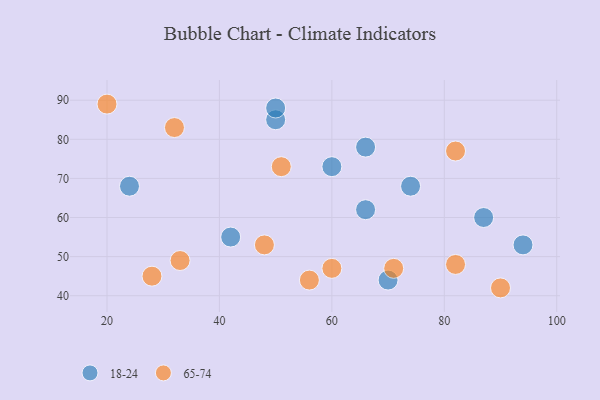
{"axis": {"x": "GDP", "y": "Life Expectancy"}, "legend": ["18-24", "65-74"], "data": [{"x": "66", "y": 78, "type": "18-24"}, {"x": "74", "y": 68, "type": "18-24"}, {"x": "50", "y": 85, "type": "18-24"}, {"x": "50", "y": 88, "type": "18-24"}, {"x": "87", "y": 60, "type": "18-24"}, {"x": "94", "y": 53, "type": "18-24"}, {"x": "70", "y": 44, "type": "18-24"}, {"x": "42", "y": 55, "type": "18-24"}, {"x": "24", "y": 68, "type": "18-24"}, {"x": "66", "y": 62, "type": "18-24"}, {"x": "60", "y": 73, "type": "18-24"}, {"x": "90", "y": 42, "type": "65-74"}, {"x": "20", "y": 89, "type": "65-74"}, {"x": "60", "y": 47, "type": "65-74"}, {"x": "82", "y": 48, "type": "65-74"}, {"x": "56", "y": 44, "type": "65-74"}, {"x": "33", "y": 49, "type": "65-74"}, {"x": "71", "y": 47, "type": "65-74"}, {"x": "82", "y": 77, "type": "65-74"}, {"x": "32", "y": 83, "type": "65-74"}, {"x": "51", "y": 73, "type": "65-74"}, {"x": "48", "y": 53, "type": "65-74"}, {"x": "28", "y": 45, "type": "65-74"}]}